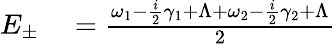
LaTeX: \begin{array}{rl}{E_{\pm}}&{{}=\frac{\omega_{1}-\frac{i}{2}\gamma_{1}+\Lambda+\omega_{2}-\frac{i}{2}\gamma_{2}+\Lambda}{2}}\end{array}